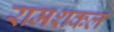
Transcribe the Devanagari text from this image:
रामशकल